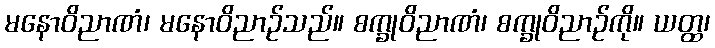
မနောဝိညာဏံ၊ မနောဝိညာဉ်သည်။ စက္ခုဝိညာဏံ၊ စက္ခုဝိညာဉ်ကို။ ယတ္ထ၊